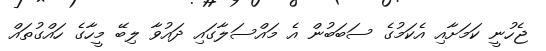
ޖެހުނީ ކަމަށާއި އެކަމުގެ ސަބަބުން އެ މައްސަލާގައި ދައުވާ ލިބޭ މީހާގެ ހައްގުތައް